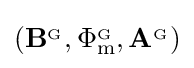
\left(\mathbf {B} ^{_{\mathrm {G} }},\Phi _{\mathrm {m} }^{_{\mathrm {G} }},\mathbf {A} ^{_{\mathrm {G} }}\right)